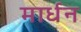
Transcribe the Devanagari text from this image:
मार्धन